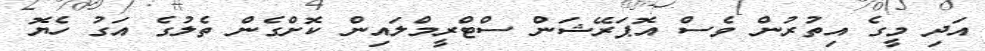
އަދި މީގެ އިތުރުން ވެސް އޮޕަރޭޝަން ސްޓްރީމްލައިން ކޮށްގެން ތެލުގެ އަގު ހެޔޮ